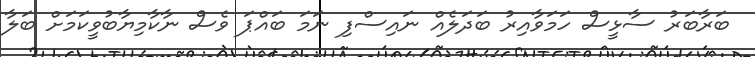
ބަރާބަރު ސާޅީސް ހަމަވާއިރު ބަދަލެއް ނައިސްފި ނަމަ ބައްޕަ ވެސް ނާކާމިޔާބުވީކަމަށް ބަލާ